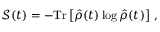
\mathcal { S } ( t ) = - \mathrm { T r } \left[ \hat { \rho } ( t ) \log \hat { \rho } ( t ) \right] \, ,